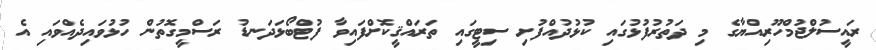
ރައީސުލްޖުމްހޫރިއްޔާގެ މި ދަތުރުފުޅުގައި ކުޅުދުއްފުށި ސިޓީގައި ތަރައްޤީކޮށްފައިވާ ފުޓްބޯޅަދަނޑު ރަސްމީގޮތުން ހުޅުވައިދެއްވައި އެ